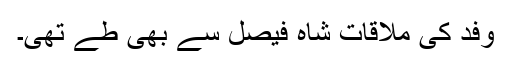
وفد کی ملاقات شاہ فیصل سے بھی طے تھی۔